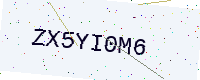
Text: ZX5YI0M6